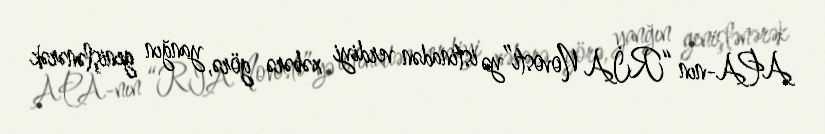
APA-nın “RİA Novosti”yə istinadən verdiyi xəbərə görə, yanğın genişlənərək